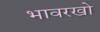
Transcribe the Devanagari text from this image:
भावरखो